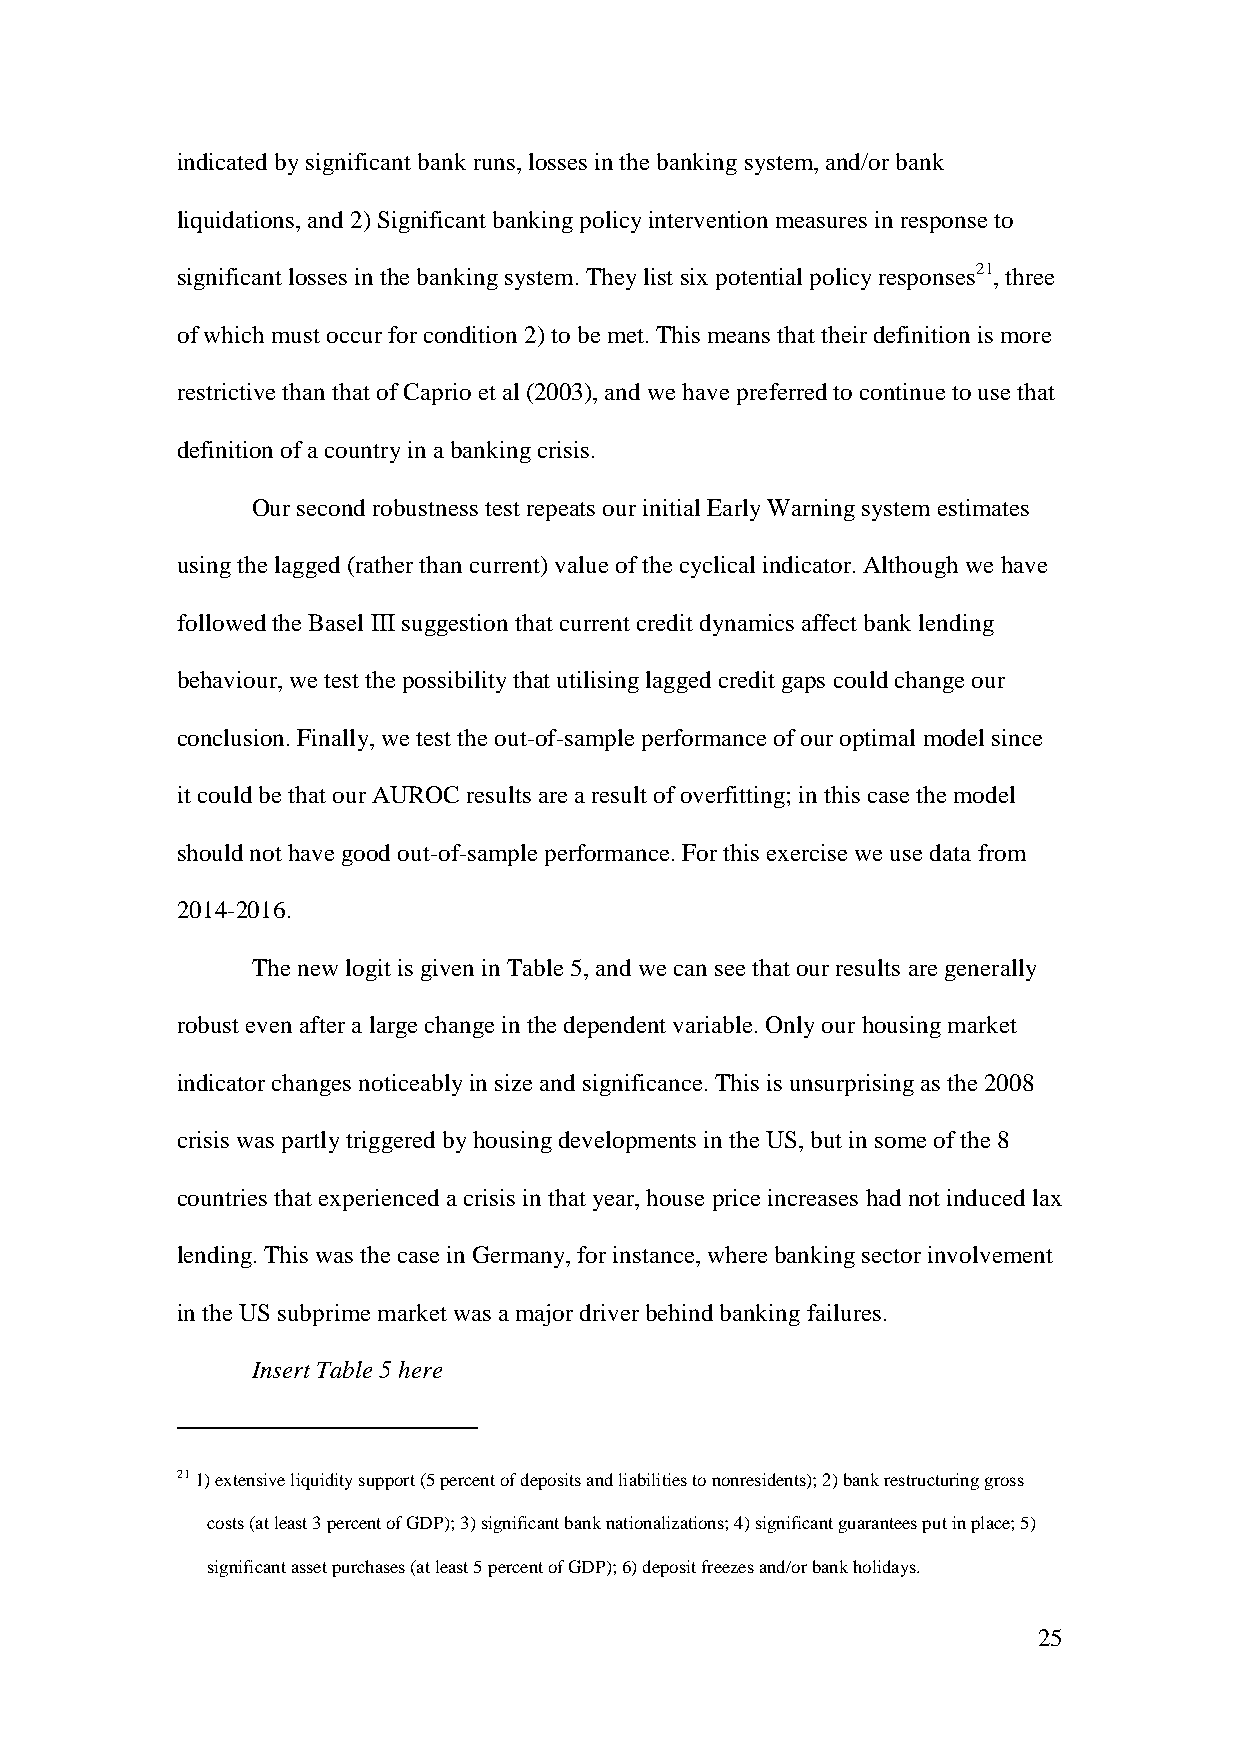
indicated by significant bank runs, losses in the banking system, and/or bank
 liquidations, and 2) Significant banking policy intervention measures in response to
 significant losses in the banking system. They list six potential policy responses21, three
 of which must occur for condition 2) to be met. This means that their definition is more
 restrictive than that of Caprio et al (2003), and we have preferred to continue to use that
 definition of a country in a banking crisis.
 Our second robustness test repeats our initial Early Warning system estimates
 using the lagged (rather than current) value of the cyclical indicator. Although we have
 followed the Basel III suggestion that current credit dynamics affect bank lending
 behaviour, we test the possibility that utilising lagged credit gaps could change our
 conclusion. Finally, we test the out-of-sample performance of our optimal model since
 it could be that our AUROC results are a result of overfitting; in this case the model
 should not have good out-of-sample performance. For this exercise we use data from
 2014-2016.
 The new logit is given in Table 5, and we can see that our results are generally
 robust even after a large change in the dependent variable. Only our housing market
 indicator changes noticeably in size and significance. This is unsurprising as the 2008
 crisis was partly triggered by housing developments in the US, but in some of the 8
 countries that experienced a crisis in that year, house price increases had not induced lax
 lending. This was the case in Germany, for instance, where banking sector involvement
 in the US subprime market was a major driver behind banking failures.
 Insert Table 5 here
 21 1) extensive liquidity support (5 percent of deposits and liabilities to nonresidents); 2) bank restructuring gross
 costs (at least 3 percent of GDP); 3) significant bank nationalizations; 4) significant guarantees put in place; 5)
 significant asset purchases (at least 5 percent of GDP); 6) deposit freezes and/or bank holidays.
 25